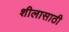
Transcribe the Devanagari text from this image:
शीलासाठी